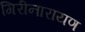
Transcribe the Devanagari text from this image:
गिरीनारायण